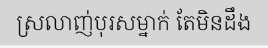
ស្រលាញ់បុរសម្នាក់ តែមិនដឹង